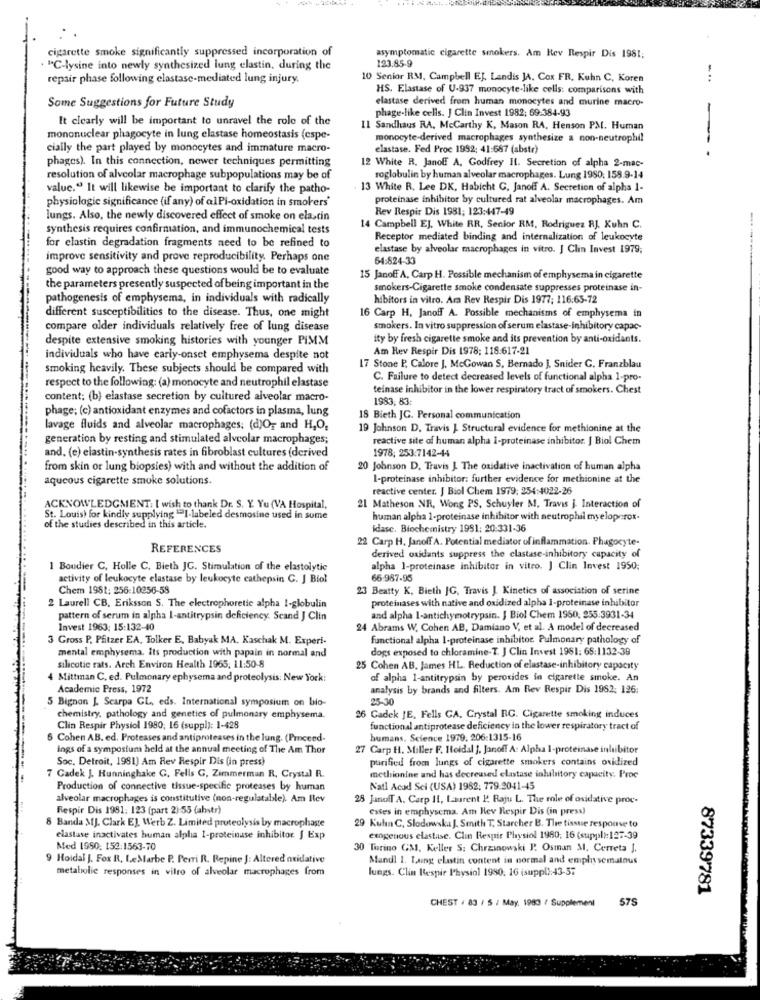
cigarette smoke significantly suppressed incorporation of
123.85-9
asymptomatic cigarette smokers. Am Hev Respir Dis 1981;
. "C-lysine into newly synthesized lung elastin, during the
repair phase following elastase-mediated lung injury.
10 Senior RM, Campbell EJ. Landis JA. Cox FR. Kuhn C. Koren
-..
HS. Elastase of U-937 monocyte-like cells: comparisons with
elastase derived from human monocytes and murine macro-
Some Suggestions for Future Study
It clearly will be important to unravel the role of the
phage-like cells. J Clin Invest 1982; 69:384-93
Il Sandhaus RA, Mccarthy K, Mason RA, Henson PM. Human
mononuclear phagocyte in lung elastase homeostasis (espe-
monocyte-derived macrophages synthesize a non-neutrophi!
cially the part played by monocytes and immature macro-
elastase. Fed Proc 1992: 41:687 (abstr)
-
phages). In this connection, nower techniques permitting
12 White R. Janof A. Godfrey Il. Secretion of alpha 2-mac-
resolution of alveolar macrophage subpopulations may be of
roglobulin by human alveolar macrophages. Lung 1980, 158.9-14
valuc." It will likewise be important to clarify the patho-
13 White R. Lee DK, Habicht C. Janoff A. Secretion of alpha 1-
physiologie significance (if any) of alPi-oxidation in smokers'
proteinase inhibitor by cultured rat alveolar macrophages. Am
Rev Respir Dis 1981; 123:447-49
lungs. Also, the newly discovered effect of smoke on ela,cin
synthesis requires confirmation, and immunochemical tests
14 Campbell EJ, White RR, Senior RM, Rodriguez RJ. Kuhn C.
Receptor mediated binding and internalization of leukocyte
-.....
for elastin degradation fragments need to be refined to
elastase by alveolar macrophages in vitro. J Clin Invest 1979;
improve sensitivity and prove reproducibility. Perhaps one
64:824-33
good way to approach these questions would be to evaluate
15 Janof A, Carp H. Possible mechanism of emphysema in cigarette
the parameters presently suspected of being important in the
smokers-Cigarette smoke condensate suppresses proteinase in-
pathogenesis of emphysema, in individuals with radically
hibitors in vitro. Ara Rev Respir Dis 1977; 116:65-72
different susceptibilities to the disease. Thus, one might
16 Carp H, Janoff A. Possible mechanisms of emphysema in
compare older individuals relatively free of lung disease
smokers. In vitro suppression of serum elastase-inhibitory capac-
despite extensive smoking histories with younger PIMM
ity by fresh cigarette smoke and its prevention by anti-oxidants.
Am Rev Respir Dis 1978: 118.617-21
individuals who have carly-onset emphysema despite not
smoking heavily. These subjects should be compared with
17 Stone P. Calore J. McGowan S. Bernado ], Snider C. Franzblau
C. Failure to detect decreased levels of functional alpha 1-pro-
respect to the following: (a) monocyte and neutrophil elastase
teinase inhibitor in the lower respiratory tract of smokers. Chest
content; (b) elastase secretion by cultured alveolar macro-
1983, 83:
phage; (c) antioxidant enzymes and cofactors in plasma, lung
18 Bieth JG. Personal communication
lavage fluids and alveolar macrophages; (d)O, and H,O,
19 Johnson D. Travis J. Structural evidence for methionine at the
generation by resting and stimulated alveolar macrophages;
reactive site of human alpha i-proteinase inhibitor. J Biol Chem
1978; 253:7142-44
and. (e) elastin-synthesis rates in fibroblast cultures (derived
from skin or lung biopsies) with and without the addition of
20 Johnson D. Travis L The oxidative inactivation of human alpha
aqueous cigarette smoke solutions.
1-proteinase inhibitor: further evidence for methionine at the
reactive center. J Biol Chem 1979: 254:4022-26
ACKNOWLEDGMENT: I wish to thank Dr. S. Y. Yu (VA Hospital,
21 Matheson NR, Wong PS, Schuyler M. Travis j. Interaction of
St. Louis) for kindly supplying "I-labeled desmosine used in some
human alpha 1-proteinase inhibitor with neutrophil myeloperor-
of the studies described in this article.
idase. Biochemistry 1991: 20:331-36
22 Carp H. Janoff A. Potential mediator of inflammation. Phagocyte-
REFERENCES
derived oxidants suppress the clastase-inhibitory capacity of
1 Boudier C, Holle C. Bieth JC. Stimulation of the elastolytic
alpha 1-proteinase inhibitor in vitro. J Clin Invest 1950;
activity of leukocyte elastase by leukocyte cathepsin C. J Biol
66-987-95
Chem 1981: 256:10256-58
23 Beatty K. Bieth JG, Travis J. Kinetics of association of serine
proteinases with native and oxidized alpha I-proteinase inhibitor
2 Laurell CB, Eriksson S. The electrophoretic alpha I-globulin
pattern of serum in alpha I-antitrypsin deficiency. Scand J Clin
and alpha I-antichymotrypsin. J Biol Chem 1950, 255:3931-34
Invest 1963: 15:132-40
24 Abrams W. Cohen AB, Damiano V, et al. A model of decreased
3 Gross P. Pfitzer EA, Tolker E, Babyak MA. Kaschak M. Experi-
functional alpha I-proteinase inhibitor Pulmonary pathology of
dogs exposed to chloramine-T. J Clin Invest 1981: 65:1132-39
mental emphysema. its production with papain in normal and
silicotie rats. Arch Environ Health 1965, 11:50-8
25 Cohen AB. James HL. Reduction of elastase-inhibitory capacity
Mittman C. ed. Pulmonary ephysema and proteolysis: New York:
of alpha 1-antitrypsin by peroxides in cigarette smoke. An
Academic Press, 1972
analysis by brands and filters. Am Rev Respir Dis 1982; 126:
5 Bignon L Scarpa CL, eds. International symposium on bio-
25-30
chemistry, pathology and genetics of pulmonary emphysema.
26 Gadek JE, Fells CA. Crystal RG. Cigarette smoking induces
Clin Respir Physiol 1980, 16 (suppl): 1-428
functional antiprotease deficiency in the lower respiratory tract of
6 Cohen AB. ed. Proteases and antiproteases in the lung. (Proceed-
humans. Science 1979, 206:1315-16
ings of a symposium held at the annual meeting of The Am Thor
27 Carp H. Miller F. Itoldal ], Janoff A: Alpha 1-proteinase inhibitor
Soc. Detroit, 1981) Am Rev Respir Dis (in press)
purified from lungs of cigarette smokers contains oxidized
7 Gadek J. Hunninghake G, Fells G, Zimmerman R, Crystal R.
methionine and has decreased elastase inhibitory capacity. Proc
Production of connective tissue-specific proteases by human
Natl Acad Sci (USA) 1982; 779-2041-45
alveolar macrophages is constitutive (non-regulatable). Am Rev
28 JanofT A. Carp 11, Laurent P. Raju L. The role of oxidative proc-
Respir Dis 1981: 123 (part 2)-55 (ahstr)
Esses in emphysema. Am Hev Respir Dis (in press)
8 Banda MJ. Clark EJ, Werb Z. Limited proteolysis by macrophaste
29 Kuhn C. Slodowska J. Smith T. Starcher B. The tissue response to
elastase inactivates human alpha 1-proteinase inhibitor. J Exp
exogenous elastase. Clin Respir Physiol 1980; 16 (suppl): 127-39
Med 1950, 152:1563-70
30 Tirino GM, Keller S: Chrzanowski P. Osman MI, Correta J.
9 Hoidal J. Fox R. L.eMarbe P. Perri R. Bepine J: Altered oxidative
Mandl 1. Laing elastin content in normal and emphysematous
metabolic responses in vitro of alveolar macrophages from
lungs. Clin Respir Physiol 1990. 16 (suppl):43-37
87339781
CHEST / 83 / 5 / May, 1983 / Supplement
57S